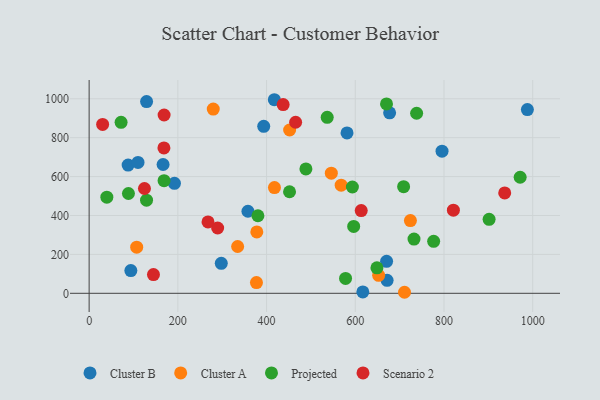
{"axis": {"x": "Distance", "y": "Profit"}, "legend": ["Cluster A", "Cluster B", "Projected", "Scenario 2"], "data": [{"x": "87.9", "y": 659.2, "type": "Cluster B"}, {"x": "988.0", "y": 944.7, "type": "Cluster B"}, {"x": "166.7", "y": 662.0, "type": "Cluster B"}, {"x": "671.7", "y": 66.6, "type": "Cluster B"}, {"x": "670.6", "y": 164.3, "type": "Cluster B"}, {"x": "110.2", "y": 673.0, "type": "Cluster B"}, {"x": "297.9", "y": 154.2, "type": "Cluster B"}, {"x": "617.0", "y": 7.0, "type": "Cluster B"}, {"x": "129.5", "y": 985.6, "type": "Cluster B"}, {"x": "795.6", "y": 730.6, "type": "Cluster B"}, {"x": "677.4", "y": 928.0, "type": "Cluster B"}, {"x": "417.5", "y": 995.1, "type": "Cluster B"}, {"x": "393.6", "y": 858.2, "type": "Cluster B"}, {"x": "358.0", "y": 421.7, "type": "Cluster B"}, {"x": "94.0", "y": 117.0, "type": "Cluster B"}, {"x": "581.4", "y": 824.3, "type": "Cluster B"}, {"x": "192.3", "y": 565.6, "type": "Cluster B"}, {"x": "711.0", "y": 5.3, "type": "Cluster A"}, {"x": "652.7", "y": 92.6, "type": "Cluster A"}, {"x": "546.0", "y": 617.6, "type": "Cluster A"}, {"x": "724.3", "y": 373.8, "type": "Cluster A"}, {"x": "334.8", "y": 240.7, "type": "Cluster A"}, {"x": "568.2", "y": 555.9, "type": "Cluster A"}, {"x": "279.8", "y": 947.0, "type": "Cluster A"}, {"x": "107.2", "y": 237.2, "type": "Cluster A"}, {"x": "452.0", "y": 839.4, "type": "Cluster A"}, {"x": "377.2", "y": 55.0, "type": "Cluster A"}, {"x": "417.8", "y": 543.5, "type": "Cluster A"}, {"x": "378.0", "y": 315.4, "type": "Cluster A"}, {"x": "380.5", "y": 398.7, "type": "Projected"}, {"x": "648.8", "y": 131.0, "type": "Projected"}, {"x": "129.4", "y": 478.8, "type": "Projected"}, {"x": "670.4", "y": 973.5, "type": "Projected"}, {"x": "901.7", "y": 380.5, "type": "Projected"}, {"x": "776.7", "y": 267.1, "type": "Projected"}, {"x": "168.9", "y": 579.1, "type": "Projected"}, {"x": "732.4", "y": 278.8, "type": "Projected"}, {"x": "971.7", "y": 596.5, "type": "Projected"}, {"x": "88.6", "y": 513.1, "type": "Projected"}, {"x": "39.9", "y": 494.0, "type": "Projected"}, {"x": "72.0", "y": 879.1, "type": "Projected"}, {"x": "738.3", "y": 925.5, "type": "Projected"}, {"x": "451.8", "y": 522.1, "type": "Projected"}, {"x": "536.7", "y": 904.8, "type": "Projected"}, {"x": "596.4", "y": 344.0, "type": "Projected"}, {"x": "578.1", "y": 76.5, "type": "Projected"}, {"x": "709.0", "y": 547.9, "type": "Projected"}, {"x": "593.5", "y": 546.4, "type": "Projected"}, {"x": "488.7", "y": 639.2, "type": "Projected"}, {"x": "124.7", "y": 538.8, "type": "Scenario 2"}, {"x": "613.4", "y": 425.3, "type": "Scenario 2"}, {"x": "30.4", "y": 868.0, "type": "Scenario 2"}, {"x": "465.5", "y": 879.2, "type": "Scenario 2"}, {"x": "821.2", "y": 427.2, "type": "Scenario 2"}, {"x": "145.0", "y": 96.1, "type": "Scenario 2"}, {"x": "437.4", "y": 970.2, "type": "Scenario 2"}, {"x": "936.9", "y": 516.2, "type": "Scenario 2"}, {"x": "169.0", "y": 916.6, "type": "Scenario 2"}, {"x": "289.7", "y": 335.7, "type": "Scenario 2"}, {"x": "268.0", "y": 367.1, "type": "Scenario 2"}, {"x": "168.6", "y": 747.2, "type": "Scenario 2"}]}